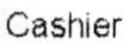
CASHIER